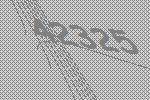
42325